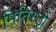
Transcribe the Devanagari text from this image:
मिनिस्ट्रो